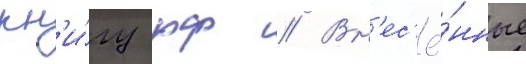
кн'и́гу рф // Вн'ес'ё́нные